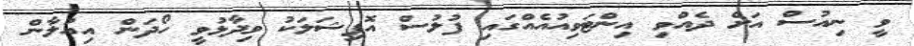
ވީ ނިއުސް އަށް ދެއްވި އިންޓަވިއުއެއްގައި ފުލުސް އޮފިޝަލަކު ވިދާޅުވީ ހޯދަން އިއުލާން